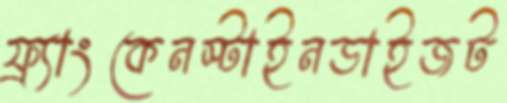
ফ্র্যাংকেনস্টাইনডাইজট